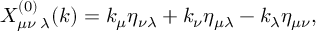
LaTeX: X _ { \mu \nu \; \lambda } ^ { ( 0 ) } ( k ) = k _ { \mu } \eta _ { \nu \lambda } + k _ { \nu } \eta _ { \mu \lambda } - k _ { \lambda } \eta _ { \mu \nu } ,